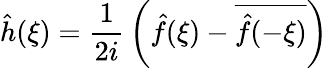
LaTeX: {\hat{h}}(\xi)={\frac{1}{2i}}\left({\hat{f}}(\xi)-{\overline{{{\hat{f}}(-\xi)}}}\right)